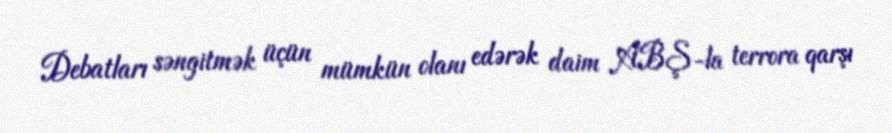
Debatları səngitmək üçün mümkün olanı edərək daim ABŞ-la terrora qarşı